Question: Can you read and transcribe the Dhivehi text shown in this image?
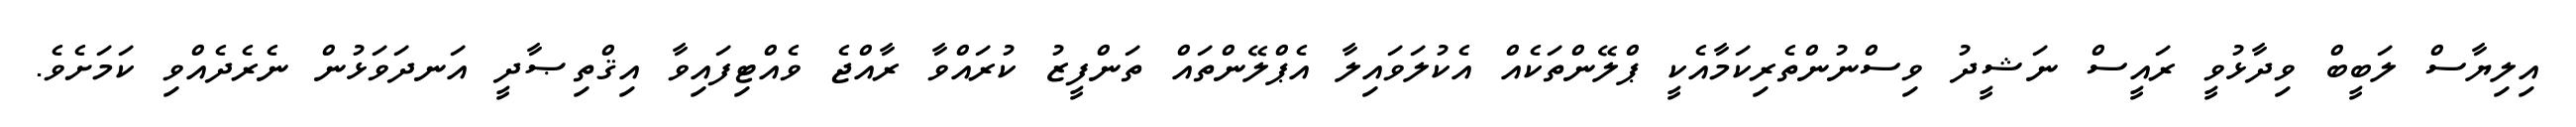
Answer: އިލިޔާސް ލަބީބް ވިދާޅުވީ ރައީސް ނަޝީދު ވިސްނުންތެރިކަމާއެކީ ޕްލޭންތަކެއް އެކުލަވައިލާ އެޕްލޭންތައް ތަންފީޒު ކުރައްވާ ރާއްޖެ ވެއްޓިފައިވާ އިޤްތިޞާދީ އަނދަވަޅުން ނެރެދެއްވި ކަމަށެވެ.